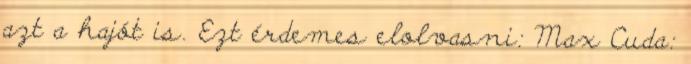
azt a hajót is. Ezt érdemes elolvasni: Max Cuda: